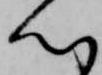
心